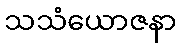
သသံယောဇနာ